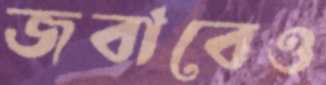
জবাবেও